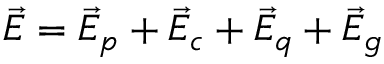
\vec { E } = \vec { E } _ { p } + \vec { E } _ { c } + \vec { E } _ { q } + \vec { E } _ { g }